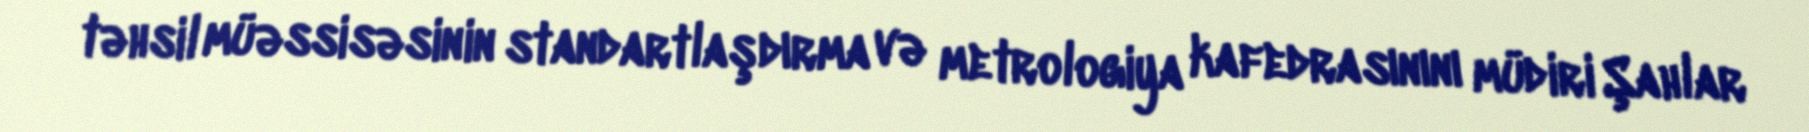
təhsil müəssisəsinin standartlaşdırma və metrologiya kafedrasınını müdiri Şahlar